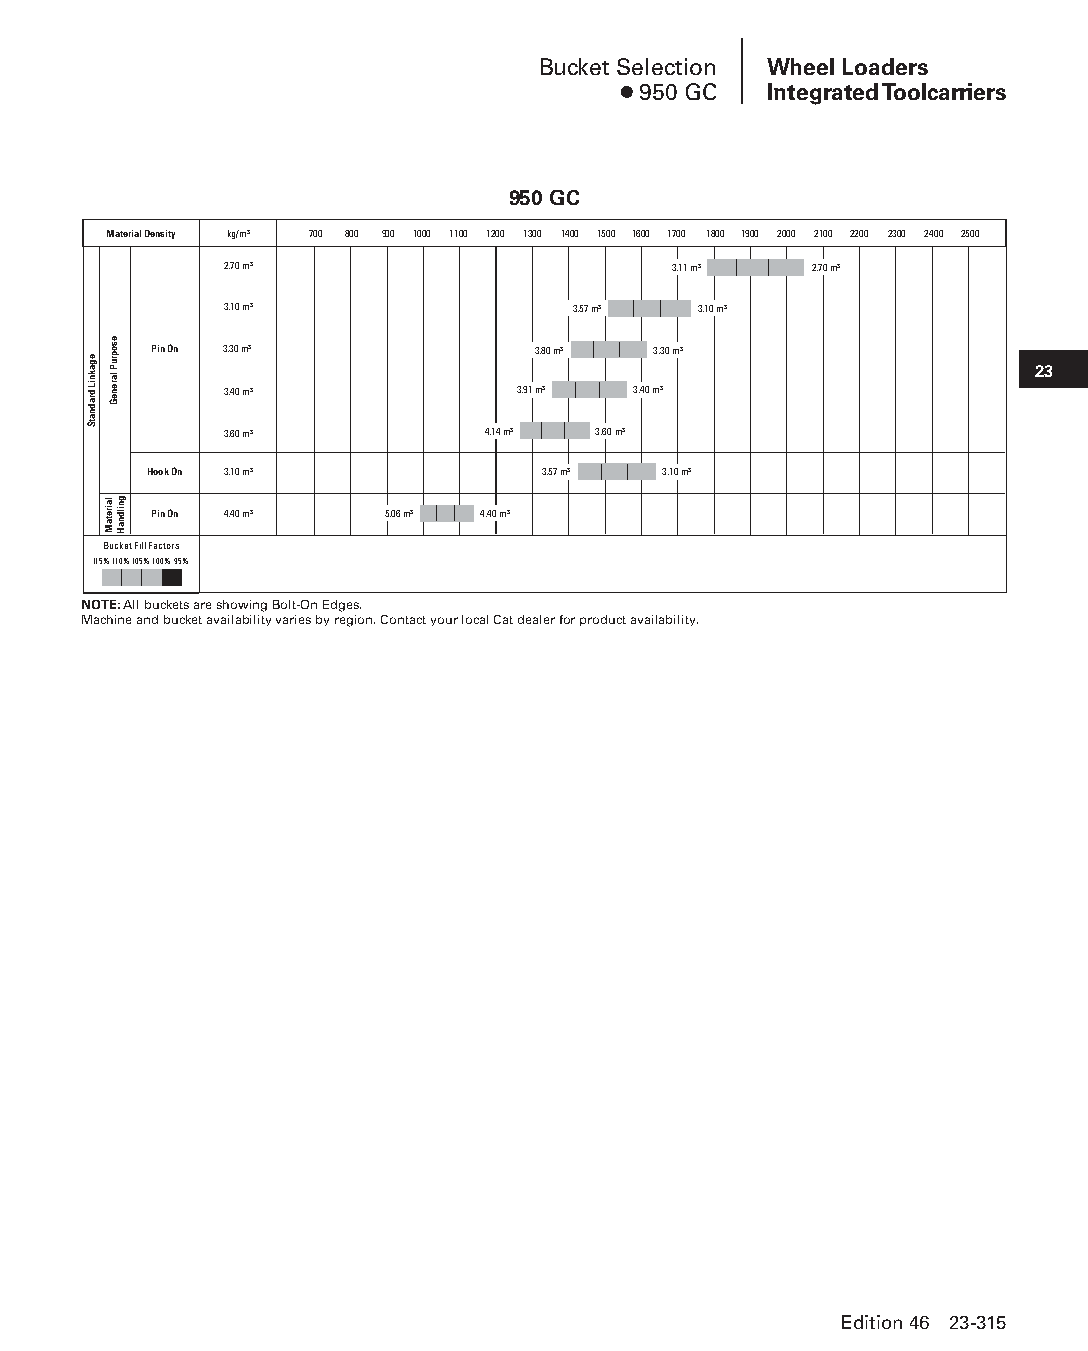
Bucket Selection Wheel Loaders
 ● 950 GC  Integrated Toolcarriers
 950 GC
 Material Density kg/m3 700 800 900 1000 1100 1200 1300 1400 1500 1600 1700 1800 1900 2000 2100 2200 2300 2400 2500
 2.70 m3                       3.11 m3  2.70 m3
 3.10 m3                3.57 m3  3.10 m3
 Pin On 3.30 m3            3.80 m3 3.30 m3
 23
 3.40 m3             3.91 m3 3.40 m3
 3.60 m3          4.14 m3 3.60 m3
 Hook On 3.10 m3           3.57 m3 3.10 m3
 Pin On 4.40 m3  5.06 m3 4.40 m3
 Bucket Fill Factors
 115%110%105%100%95%
 NOTE: All buckets are showing Bolt-On Edges.
 Machine and bucket availability varies by region. Contact your local Cat dealer for product availability.
 Edition 46 23-315
 PPHHBB--SSeecc2233((ppgg220077--332244))..iinndddd 331155      1122//44//1155 22::1122 PPMM
 egakniL
 dradnatS
 esopruP
 lareneG
 lairetaM gnildnaH